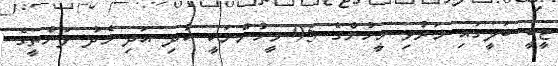
ޓީބީ ބަލީގައި މަރުވި މީހުންގެ 95 މީހުންނަކީ ކުދި އަދި މެދު ފަންތީގެ